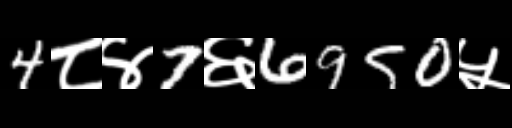
Text: 4८४7६6950५